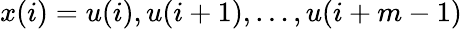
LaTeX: x(i)={u(i),u(i+1),\dots,u(i+m-1)}